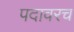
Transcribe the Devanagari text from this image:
पदावरच